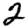
Digit: 2